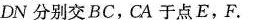
DN分别交BC，CA于点E，F。